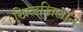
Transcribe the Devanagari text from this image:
खिलखिलाने